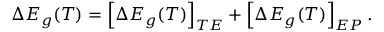
\Delta E _ { g } ( T ) = \left[ \Delta E _ { g } ( T ) \right] _ { T E } + \left[ \Delta E _ { g } ( T ) \right] _ { E P } .